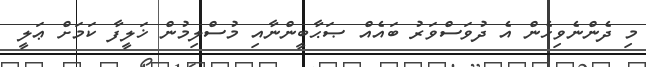
މި ދެންނެވިހެން އެ ދުވަސްވަރު ބައެއް ޞަޙާބީންނާއި މުސްލިމުން ޚަލީފާ ކަމަށް ޢަލީ